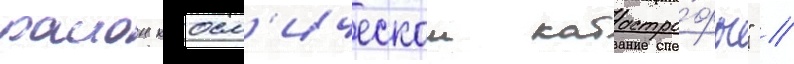
раион косм'ическои катастро́фы" //